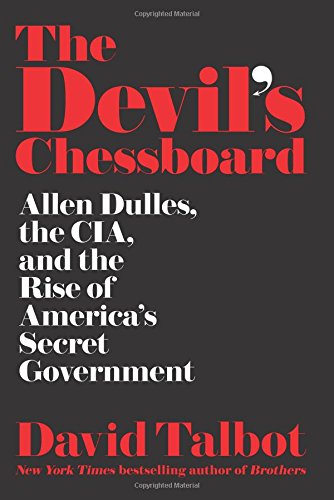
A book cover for The Devil's Chessboard: Allen Dulles, the CIA, and the Rise of America's Secret Government; David Talbot; Biographies & Memoirs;